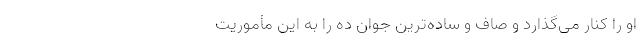
او را کنار می‌گذارد و صاف و ساده‌ترین جوان دِه را به این مأموریت